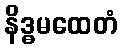
နိဒ္ဓမထေတံ